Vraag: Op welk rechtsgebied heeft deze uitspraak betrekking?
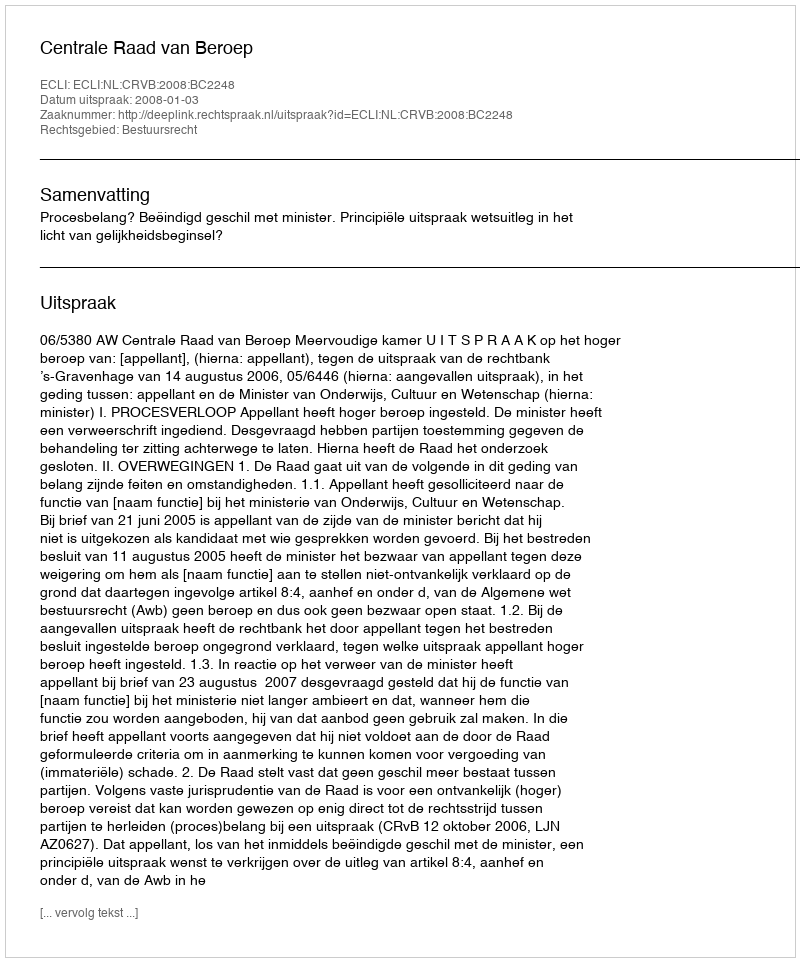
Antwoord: Bestuursrecht